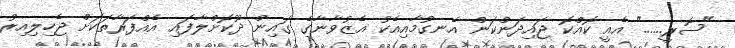
"ސޮރީ......" އެއީ ކޮއްކޮ ޖައިދަންކަން އެނގުމާއިއެކު އެޒުވާނާގެ ގައިން ދޫކޮށްލާފައި އެއްފަރާތަކަށް ޖެހިލިއިރު